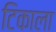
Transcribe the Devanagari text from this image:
टिकाला